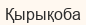
Қырықоба